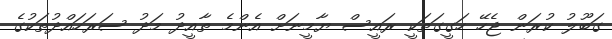
ގަބޫލު ކުރަން ޖެހޭ ހަގީގަތަކީ ރައީސް ޔާމީނަށް އެންމެ ތާއީދު މަދު ސަރަހައްދުތަކުގެ